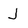
Character: J